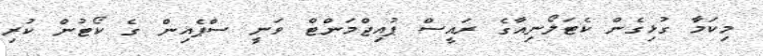
މިކަމާ ގުޅިގެން ކެޓަލޯނިއާގެ ރައީސް ޕުއިޖްމަންޓް ވަނީ ސްޕެއިން ގެ ކޯޓުން ކުރި